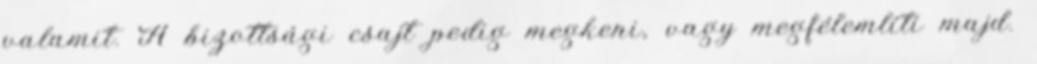
valamit. A bizottsági csajt pedig megkeni, vagy megfélemlíti majd.